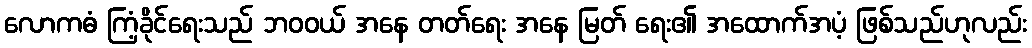
လောကဓံ ကြံ့ခိုင်ရေးသည် ဘဝဝယ် အနေ တတ်ရေး အနေ မြတ် ရေး၏ အထောက်အပံ့ ဖြစ်သည်ဟုလည်း